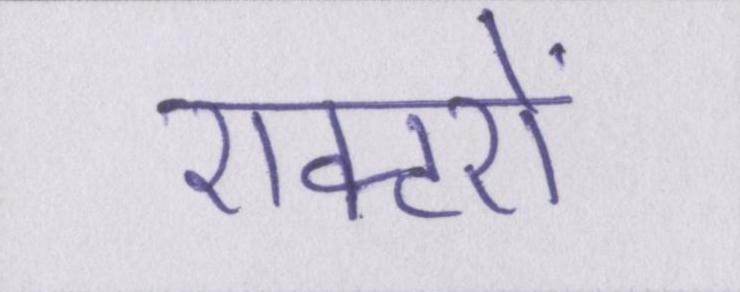
एक्टरों